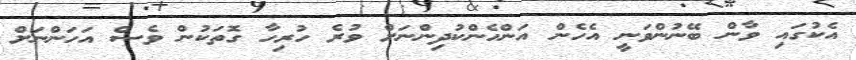
އެކުގައި ވާން ބޭނުންވަނީ އެހެން އަންހެންކުދިންނަށް ވުރެ ހުރިހާ ގޮތަކުން ވެސް އަހަންނަށް